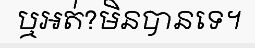
ឬអត់?មិនបានទេ។